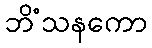
ဘိံသနကော